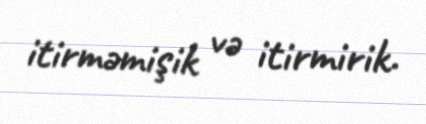
itirməmişik və itirmirik.